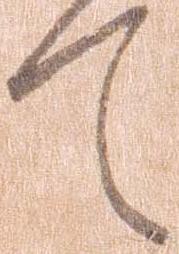
て